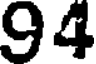
94